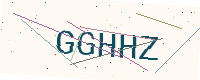
Text: GGHHZ